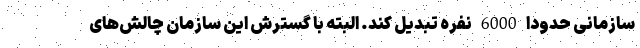
سازمانی حدودا 6000 نفره تبدیل کند. البته با گسترش این سازمان چالش‌های